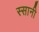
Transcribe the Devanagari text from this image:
स्सानी